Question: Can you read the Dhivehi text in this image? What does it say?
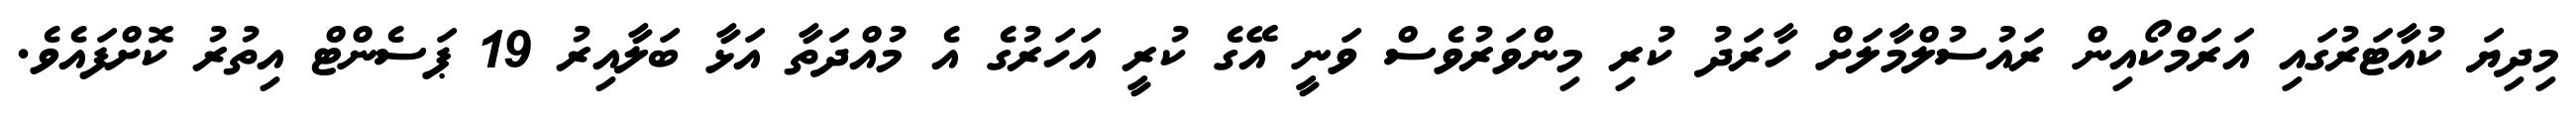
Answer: މިދިޔަ ކުއާޓަރުގައި އަރަމްކޯއިން ރައުސުލްމާލަށް ހާރަދު ކުރި މިންވަރުވެސް ވަނީ އޭގެ ކުރީ އަހަރުގެ އެ މުއްދަތާ އަޅާ ބަލާއިރު 19 ޕަސެންޓް އިތުރު ކޮށްފައެވެ.